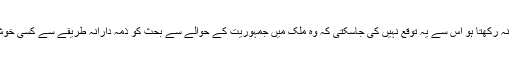
جو وزیر اعظم پارلیمنٹ کا سامنا کرنے کا حوصلہ نہ رکھتا ہو اس سے یہ توقع نہیں کی جاسکتی کہ وہ ملک میں جمہوریت کے حوالے سے بحث کو ذمہ دارانہ طریقے سے کسی خوش گوار انجام تک پہنچانے کی صلاحیت رکھتا ہے۔